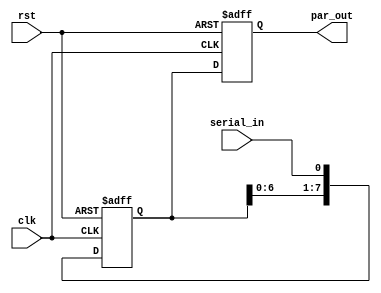

module sipo (
    input wire clk,        
    input wire rst,       
    input wire serial_in,  
    output reg [7:0] par_out 
);
    reg [7:0] shift_reg;   

    always @(posedge clk or posedge rst) begin
        if (rst) begin
            shift_reg <= 8'b0;     
            par_out <= 8'b0;      
        end else begin
            shift_reg <= {shift_reg[6:0], serial_in};
            par_out <= shift_reg; 
        end
    end
endmodule


module sipo_1 (
    input wire clk,        
    input wire rst,       
    input wire serial_in,  
    output reg par_out 
);
    reg  shift_reg;   

    always @(posedge clk or posedge rst) begin
        if (rst) begin
            shift_reg <= 0;     
            par_out <= 0;      
        end else begin
            shift_reg <= serial_in;
            par_out <= shift_reg; 
        end
    end
endmodule